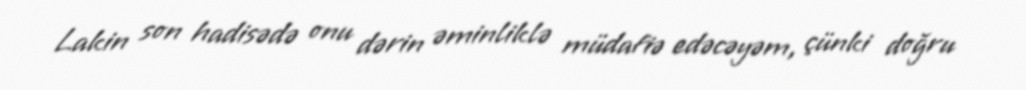
Lakin son hadisədə onu dərin əminliklə müdafiə edəcəyəm, çünki doğru